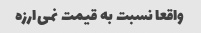
واقعا نسبت به قیمت نمی‌ارزه